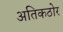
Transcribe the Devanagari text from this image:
अतिकठोर